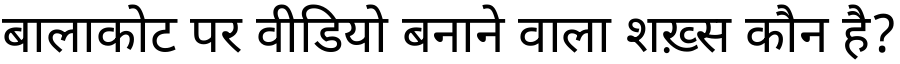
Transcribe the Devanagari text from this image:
बालाकोट पर वीडियो बनाने वाला शख़्स कौन है?